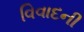
વિવાદની